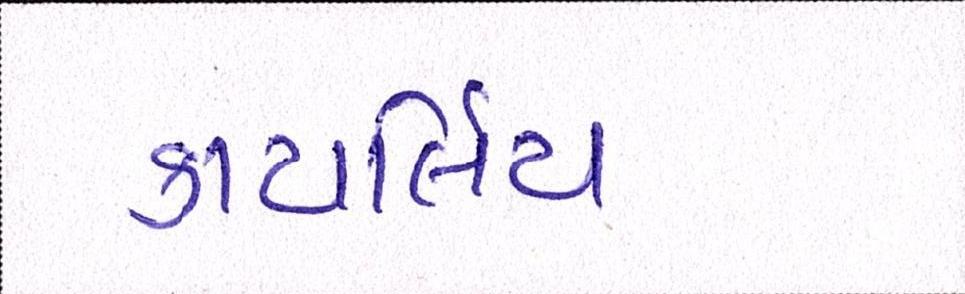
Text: કાયર્લિય